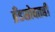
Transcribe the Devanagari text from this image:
ब्रँडसोबतही